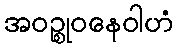
အဝဉ္စုဝနေဝါဟံ